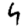
Digit: 4